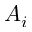
A _ { i }